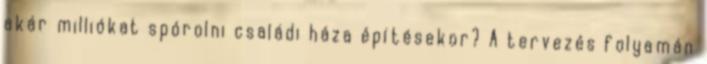
akár milliókat spórolni családi háza építésekor? A tervezés folyamán